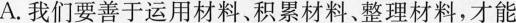
A.我们要善于运用材料、积累材料、整理材料，才能